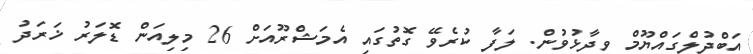
އަބްދުލްގައްޔޫމް ވިދާޅުވުން. ލަފާ ކުރެވޭ ގޮތުގައި އެމަޝްރޫއަށް 26 މިލިއަން ޑޮލަރު ޚަރަދު